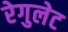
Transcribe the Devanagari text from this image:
रेगुलेट